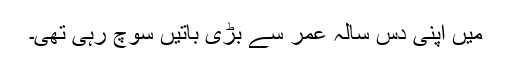
میں اپنی دس سالہ عمر سے بڑی باتیں سوچ رہی تھی۔